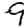
Digit: 9